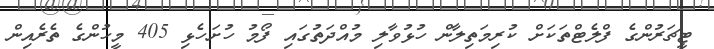
ޓީޗަރުންގެ ފްލެޓްތަކަށް ކުރިމަތިލާން ހުޅުވާލި މުއްދަތުގައި ފޯމު ހުށަހެޅި 405 މީހުންގެ ތެރެއިން